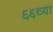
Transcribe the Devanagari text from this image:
६६च्या